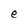
Character: e